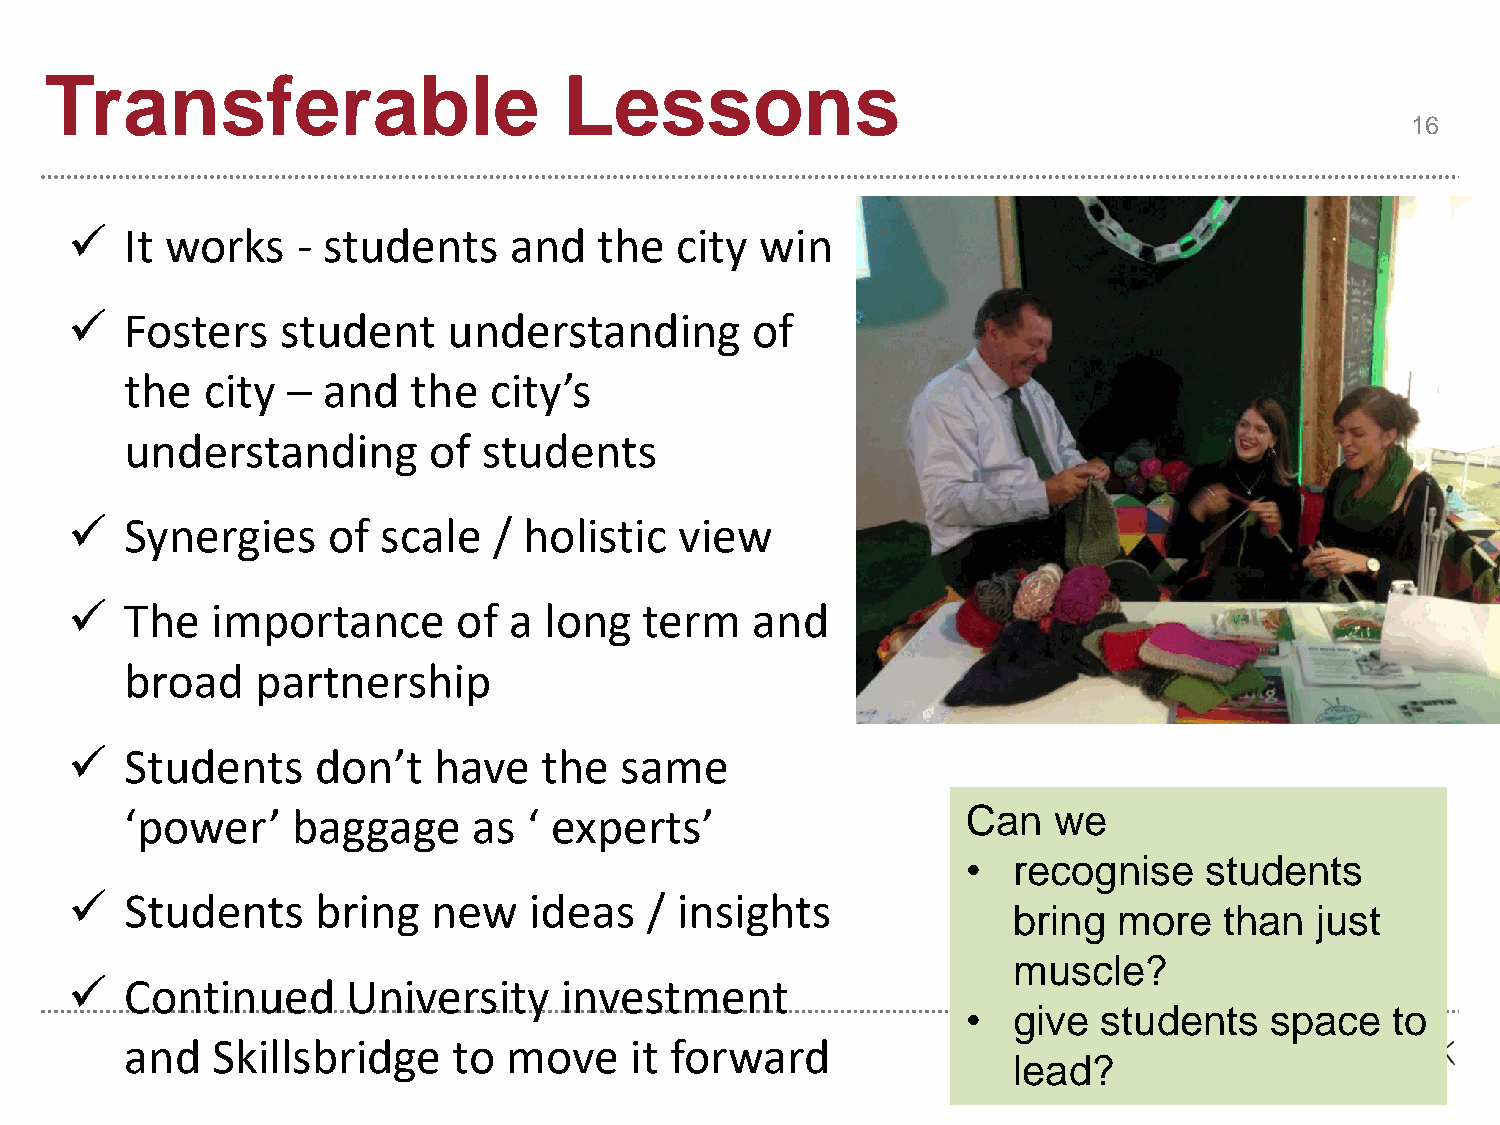
Transferable                      Lessons
 16
   It works    - students    and   the  city win
   Fosters    student    understanding       of
 the  city  – and   the  city’s
 understanding       of  students
   Synergies     of scale   / holistic  view
   The   importance      of  a long   term   and
 broad    partnership
   Students     don’t   have   the  same
 ‘power’    baggage     as  ‘ experts’                   Can   we
 •  recognise    students
   Students     bring   new   ideas   / insights
 bring  more   than  just
 muscle?
   Continued      University    investment
 •  give  students   space   to
 and   Skillsbridge    to  move    it forward
 lead?